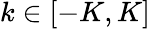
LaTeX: k\in[-K,K]